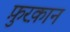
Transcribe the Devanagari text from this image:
फ़ुरक़ान